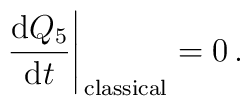
\left. \frac{\mathrm{d}Q_5}{\mathrm{d}t} \right|_\mathrm{\,classical}=0\,.